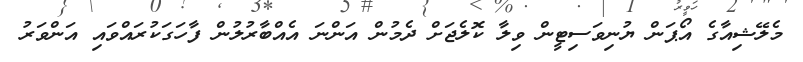
މެލޭޝިއާގެ އޯޕަން ޔުނިވަސިޓީން ވިލާ ކޮލެޖަށް ދެމުން އަންނަ އެއްބާރުލުން ފާހަގަކުރައްވައި އަންވަރު